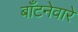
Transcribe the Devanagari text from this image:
बाँटनेवारे